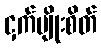
ငှက်မျိုးစိတ်